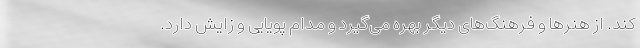
کند. از هنرها و فرهنگ‌های دیگر بهره می‌گیرد و مدام پویایی و زایش دارد.